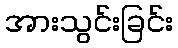
အားသွင်းခြင်း